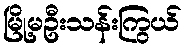
မြို့မဦးသန်းကြွယ်